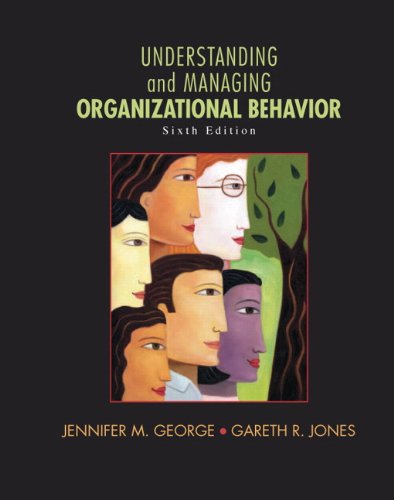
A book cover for Understanding and Managing Organizational Behavior (6th Edition); Jennifer M. George; Business & Money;